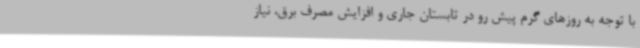
با توجه به روزهای گرم پیش رو در تابستان جاری و افزایش مصرف برق، نیاز